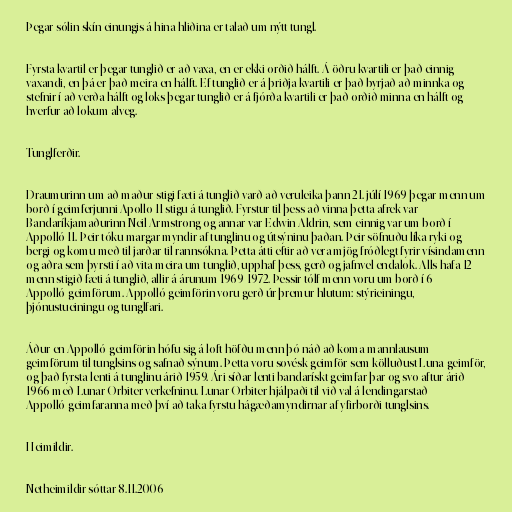
Þegar sólin skín einungis á hina hliðina er talað um nýtt tungl.

Fyrsta kvartil er þegar tunglið er að vaxa, en er ekki orðið hálft. Á öðru kvartili er það einnig
vaxandi, en þá er það meira en hálft. Ef tunglið er á þriðja kvartili er það byrjað að minnka og
stefnir í að verða hálft og loks þegar tunglið er á fjórða kvartili er það orðið minna en hálft og
hverfur að lokum alveg.

Tunglferðir.

Draumurinn um að maður stigi fæti á tunglið varð að veruleika þann 21. júlí 1969 þegar menn um
borð í geimferjunni Apollo 11 stigu á tunglið. Fyrstur til þess að vinna þetta afrek var
Bandaríkjamaðurinn Neil Armstrong og annar var Edwin Aldrin, sem einnig var um borð í
Appolló 11. Þeir tóku margar myndir af tunglinu og útsýninu þaðan. Þeir söfnuðu líka ryki og
bergi og komu með til jarðar til rannsókna. Þetta átti eftir að vera mjög fróðlegt fyrir vísindamenn
og aðra sem þyrsti í að vita meira um tunglið, upphaf þess, gerð og jafnvel endalok. Alls hafa 12
menn stigið fæti á tunglið, allir á árunum 1969-1972. Þessir tólf menn voru um borð í 6
Appolló-geimförum. Appolló-geimförin voru gerð úr þremur hlutum: stýrieiningu,
þjónustueiningu og tunglfari.

Áður en Appolló-geimförin hófu sig á loft höfðu menn þó náð að koma mannlausum
geimförum til tunglsins og safnað sýnum. Þetta voru sovésk geimför sem kölluðust Luna-geimför,
og það fyrsta lenti á tunglinu árið 1959. Ári síðar lenti bandarískt geimfar þar og svo aftur árið
1966 með Lunar-Orbiter verkefninu. Lunar-Orbiter hjálpaði til við val á lendingarstað
Appolló-geimfaranna með því að taka fyrstu hágæðamyndirnar af yfirborði tunglsins.

Heimildir.

Netheimildir sóttar 8.11.2006